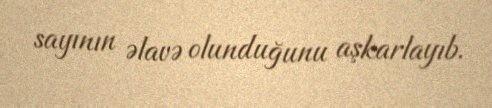
sayının əlavə olunduğunu aşkarlayıb.